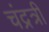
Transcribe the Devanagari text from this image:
चंद्रत्री